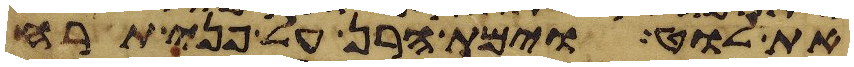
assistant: את לוט וימת הרן על פני תרח